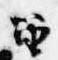
笛